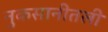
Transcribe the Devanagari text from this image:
नुकसानीतली